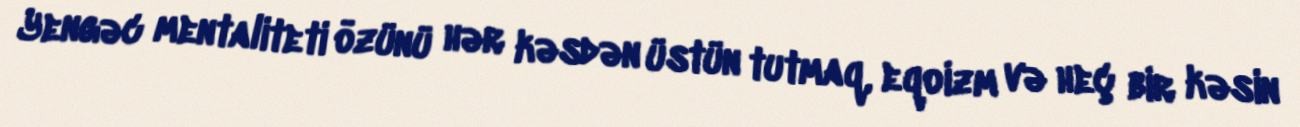
Yengəc mentaliteti özünü hər kəsdən üstün tutmaq, eqoizm və heç bir kəsin